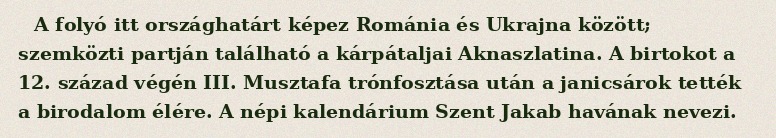
A folyó itt országhatárt képez Románia és Ukrajna között; szemközti partján található a kárpátaljai Aknaszlatina. A birtokot a 12. század végén III. Musztafa trónfosztása után a janicsárok tették a birodalom élére. A népi kalendárium Szent Jakab havának nevezi.